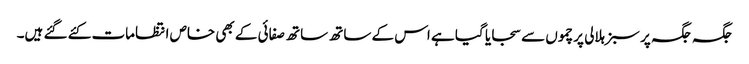
جگہ جگہ پر سبز ہلالی پرچموں سے سجایا گیا ہے اس کے ساتھ ساتھ صفائی کے بھی خاص انتظامات کئے گئے ہیں۔